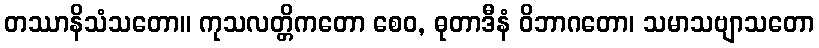
တဿာနိသံသတော။ ကုသလတ္တိကတော စေဝ, ဓုတာဒီနံ ဝိဘာဂတော၊ သမာသဗျာသတော